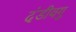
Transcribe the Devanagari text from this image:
दंडीवगु